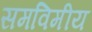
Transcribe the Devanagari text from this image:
समविमीय